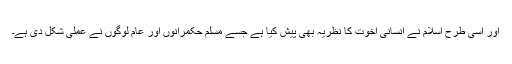
اور اسی طرح اسلام نے انسانی اخوت کا نظریہ بھی پیش کیا ہے جسے مسلم حکمرانوں اور عام لوگوں نے عملی شکل دی ہے۔